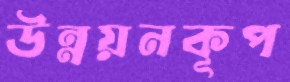
উন্নয়নকূপ